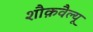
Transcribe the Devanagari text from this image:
शौक़वैल्यू